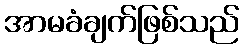
အာမခံချက်ဖြစ်သည်